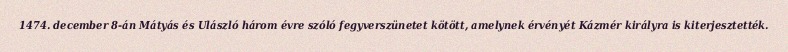
1474. december 8-án Mátyás és Ulászló három évre szóló fegyverszünetet kötött, amelynek érvényét Kázmér királyra is kiterjesztették.